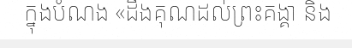
ក្នុងបំណង «ដឹងគុណដល់ព្រះគង្គា និង